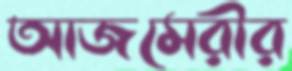
আজমেরীর